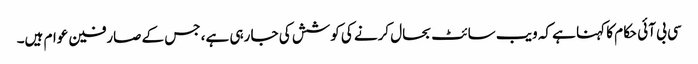
سی بی آئی حکام کا کہنا ہے کہ ویب سائٹ بحال کرنے کی کوشش کی جا رہی ہے، جس کے صارفین عوام ہیں۔